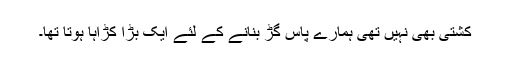
کشتی بھی نہیں تھی ہمارے پاس گُڑ بنانے کے لئے ایک بڑا کڑاہا ہوتا تھا۔